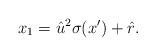
LaTeX: \begin{align*} x_1 = \hat{u}^2 \sigma(x') + \hat{r}.\end{align*}